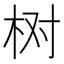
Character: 树